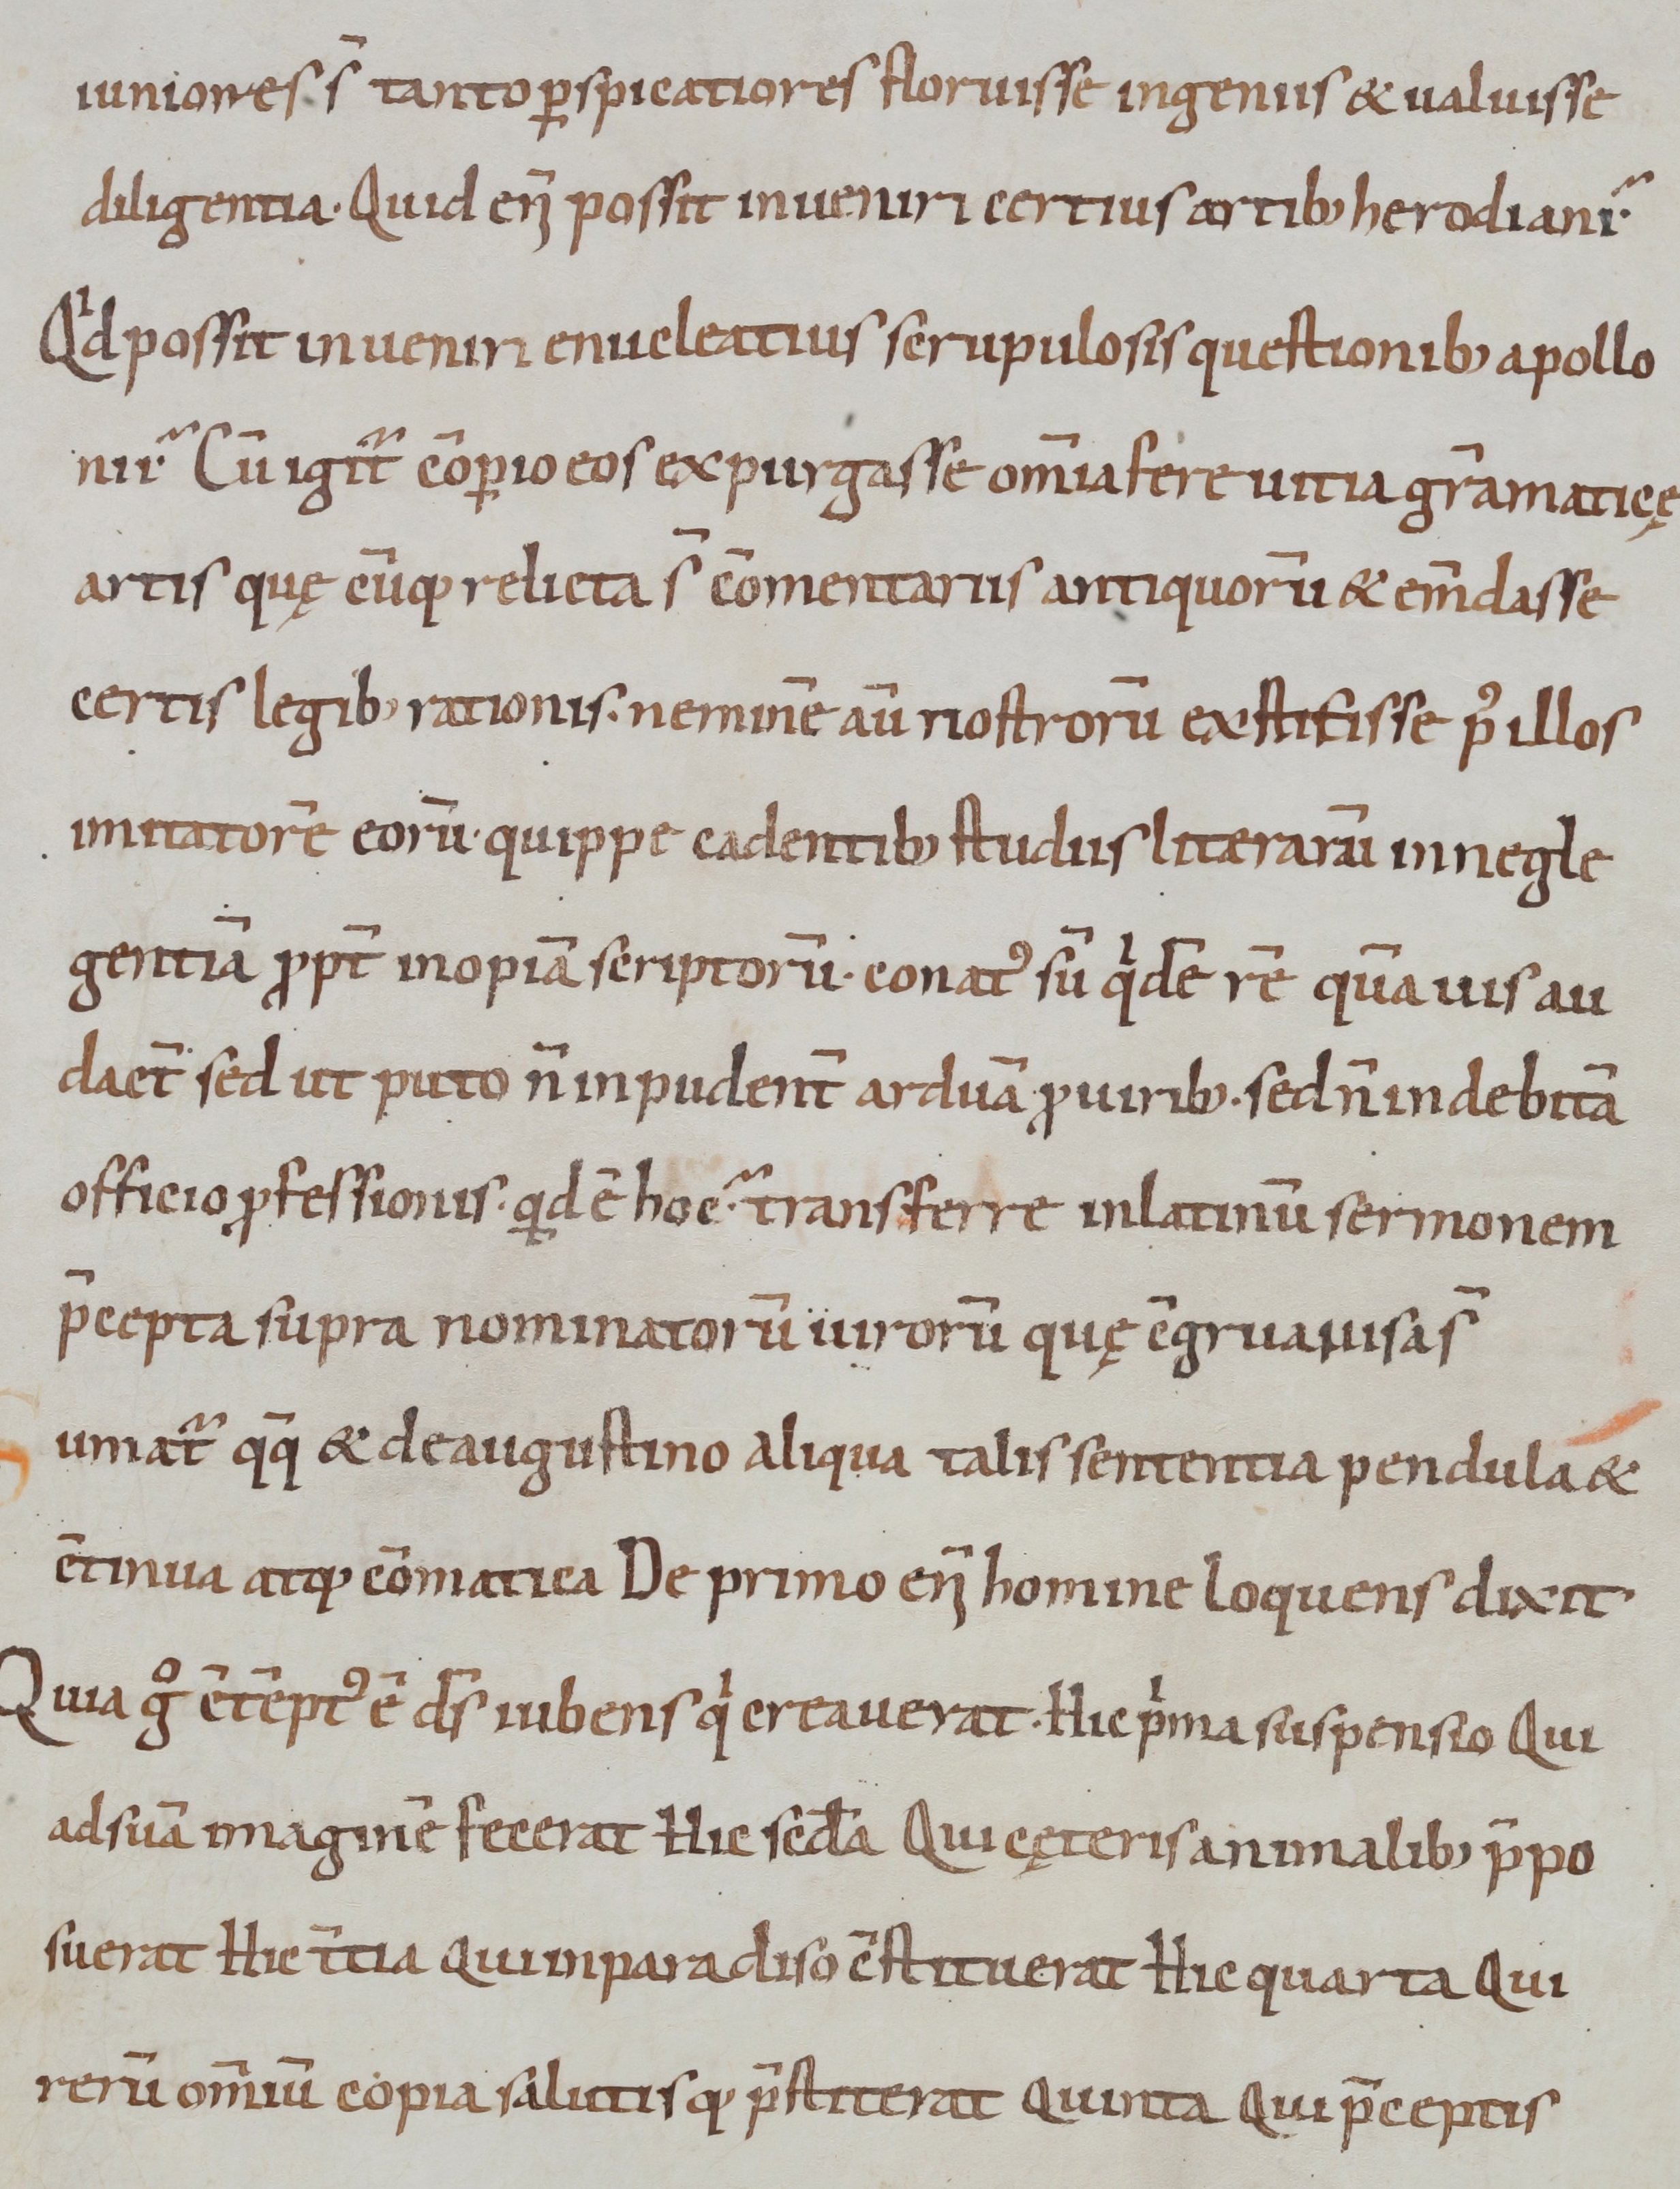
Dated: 800–999